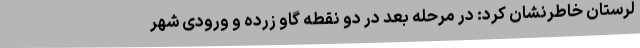
لرستان خاطرنشان کرد: در مرحله بعد در دو نقطه گاو زرده و ورودی شهر